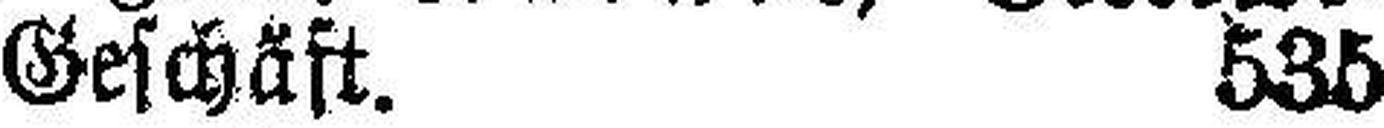
Geschäft. 535